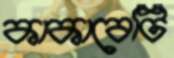
কাকাবেটি